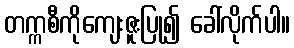
တက္ကစီကိုကျေးဇူးပြု၍ ခေါ်လိုက်ပါ။